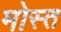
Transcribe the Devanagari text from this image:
मोस्त